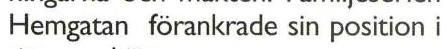
Hemgatan förankrade sin position i